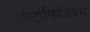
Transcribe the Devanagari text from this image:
ॲस्ट्रोफिजिक्स